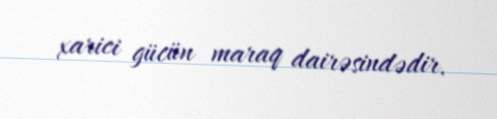
xarici gücün maraq dairəsindədir.